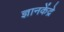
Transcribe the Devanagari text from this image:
ज्ञानकेंद्रे